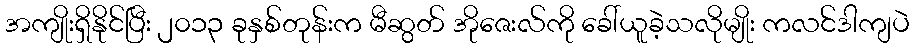
အကျိုးရှိနိုင်ပြီး ၂၀၁၃ ခုနှစ်တုန်းက မီဆွတ် အိုဇေးလ်ကို ခေါ်ယူခဲ့သလိုမျိုး ကလင်ဒါကျပဲ